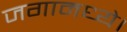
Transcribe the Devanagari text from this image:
जगामध्ये।